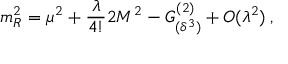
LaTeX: m _ { R } ^ { 2 } = \mu ^ { 2 } + \frac { \lambda } { 4 ! } 2 M ^ { 2 } - G _ { ( \delta ^ { 3 } ) } ^ { ( 2 ) } + { \cal O } ( \lambda ^ { 2 } ) \: ,